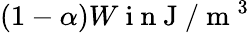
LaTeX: (1-\alpha)W\mathrm{~i~n~J~}/\mathrm{~m~}^{3}